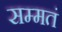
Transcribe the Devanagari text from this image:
सम्मतं